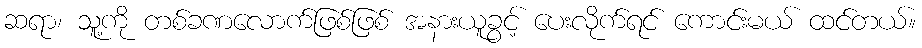
ဆရာ၊ သူ့ကို တစ်ခဏလောက်ဖြစ်ဖြစ် အနားယူခွင့် ပေးလိုက်ရင် ကောင်းမယ် ထင်တယ်။